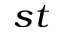
^ { s t }